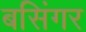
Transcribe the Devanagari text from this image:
बसिंगर